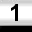
Digit: 1